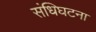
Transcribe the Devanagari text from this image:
संधिघटना